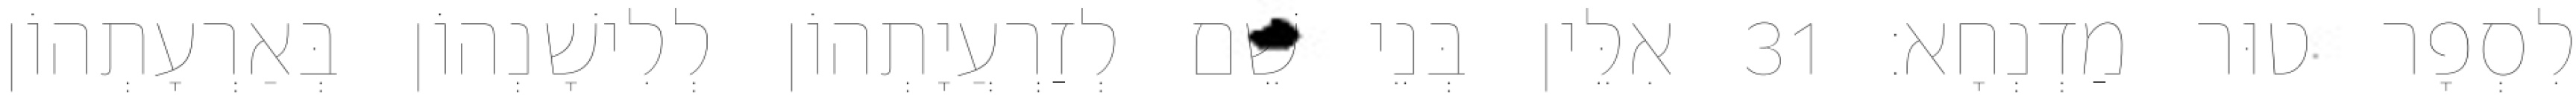
לִסְפָר טוּר מַדְנְחָא׃ 31 אִלֵּין בְּנֵי שֵׁם לְזַרְעֲיָתְהוֹן לְלִישָׁנְהוֹן בְּאַרְעָתְהוֹן